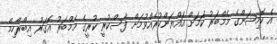
އެ ކޮމިޝަންގެ މެމްބަރު ކަމަށް އައްޔަންކުރެއްވުމަށް ފާސްކުރީ ކުރީގެ މެމްބަރު އޮގަރު އިބްރާހިމް